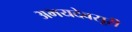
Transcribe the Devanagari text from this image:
अभयदेवसूरी